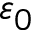
\varepsilon _ { 0 }